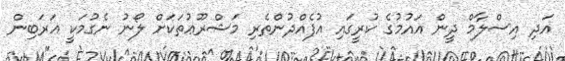
އަދި އިސްލާމް ދީން އައުމުގެ ކުރީގައި އުފެއްދުންތެރި މަޝްރޫޢުތަކަށް ލޯނު ނެގުމަކީ ޢަރަބިން